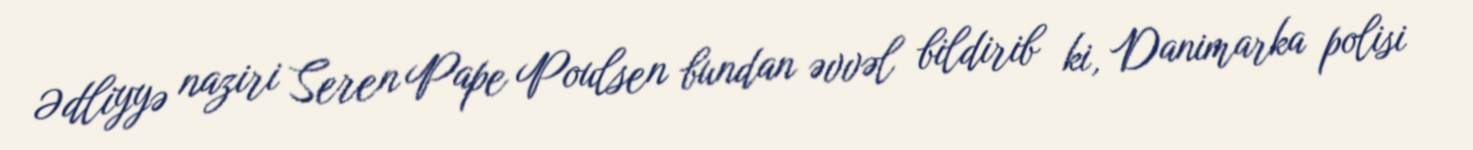
Ədliyyə naziri Seren Pape Poulsen bundan əvvəl bildirib ki, Danimarka polisi